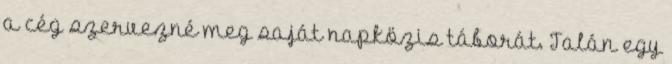
a cég szervezné meg saját napközis táborát. Talán egy